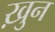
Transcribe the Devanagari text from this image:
ख़ुन